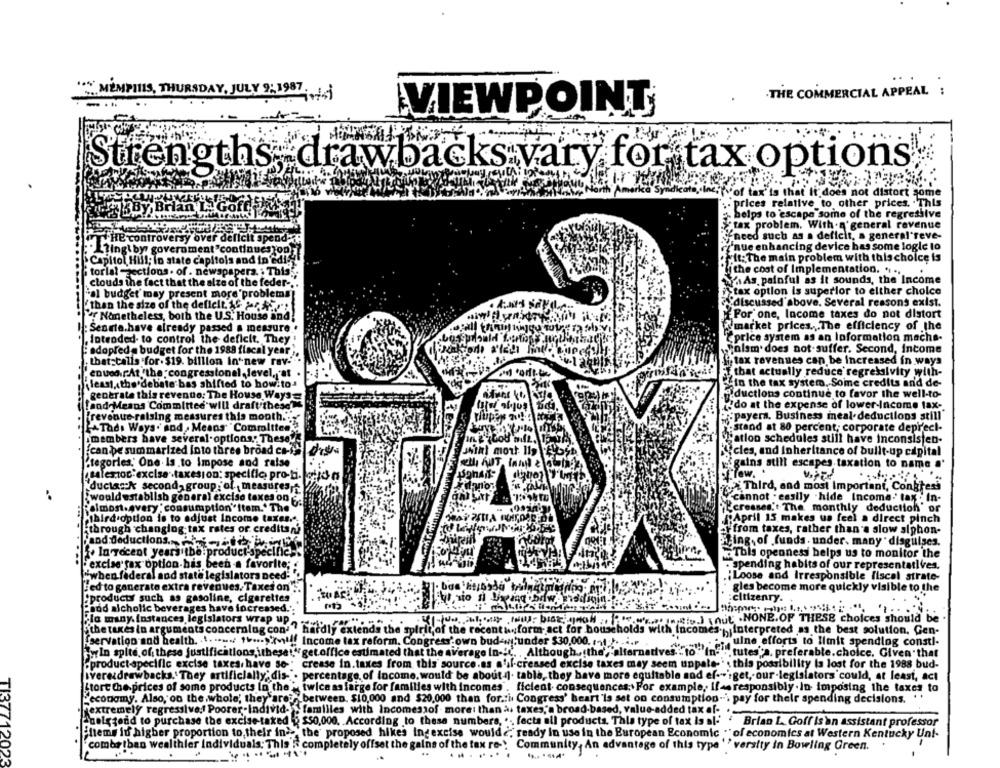
THE COMMERCIAL APPEAL :
"""MEMPHIS, THURSDAY, JULY 9; 1987. j
VIEWPOINT
Strengths, drawbacks vary for tax options.
of tax' is that it does not distort some
prices relative to other prices. "This
helps to escape some of the regressive
tax problem. With a'general revenue
HE controversy over deficit spend
""need such as a deficit, a general'reve-
'nue enhancing device has some logic to
Lingiby
Ling by government "continues on
>Capitol Hill; In state capitols and in edit
Capitol Hill; In state cap
"it: The main problem with this choice is
.....
itorlal -sections . of . newspapers .; This ..
torlalzections . of . net
the cost of Implementation. . ..
clouds the fact that the
clouds the fact that the alze of the feder -.
WasAs painful as it sounds, the Income
Stax option is superior to elther cholce
"al budget may present more'problems]
"al budget may present
lema
"than the size of the defl
'than the size of the deficit. 16 ar -
Fidiscussed above. Several reasons exist.
Nometheless, both the
Por one, Income taxes do not distort
"" Nametheless, both the U.S. House and!
: Sennie.have already pa
Senria.have already passed a measure *
Wmarket prices. . The efficiency of the
.Intended to control the deficit. They
.lotroded- to control th
"Cprice system as an loformation macha-
adopreda budget for the 1988 fiscal year
adoprede budget for the
Salam does not-suffer. Second, Income
that calls for. $19. billl
that calls for. $19. billion in"new rav-
Li tax revenues can be increased in ways
enueorAt the congressional level, at .
enuedirAt the congres
if that actually reduce regressivity with-
least, the debate bas sh
least, the'debate bas shifted to how.to-
in the tax system. Some credits an'd de-
generate this revenuo:
Fiductions continue to favor the well-to-
[and Means Committed"
do at the expense of lower-Income tax-
"payera. Business meal deductions still"
[revenue- raising measur
LATads Ways. snd . Me
ATadı Ways. sod . Means Committee
-stand at 80 percent, corporate deprecl-
members have several
"""atlon schedules still have inconsisten-
ican be summarized Into
(can be summarized Into three broad co-% drss
cles, and Inheritance of built-up capital
Stegories. One. Is.to Im
od raise
etli AUT In
gains still escapes taxation to name a'
salestoc excise taxesion: specific, pro-t. wird-m
salestoc excise .taxesi
ductask second, group : of measures,
ductask second grou
Third, and most Important, Congress
..
'would establish general
"cannot - easily "hide Income'' tax :' In-
Folmost-avery ; consump
Rolmost.avery ; consumption"Item.' The
would establish general excise taxes on a
"creanes.'' The monthly deduction' or
third option is to adju
third option is to adjust Income taxes ...
April 15 makes us feel a direct pinch
through changing tax rates or creditsni
through changlog:tax
etfrom taxes, rather than a slow siphon-
jand deduction
Fand deductions ...
Pfing. of funds . under. many " disguises.
f. In recent years'tbe:product-specific-
This openness helps us to monitor the
excise tax option.his been a favorite;
. spending habits of our representatives.
"when federal and state legislators need
.: Loose and Irresponsible fiscal strate-
Led to generate extra revenues. Taxes on".
gles become more quickly visible to the
:products such as gasoline, cigarettes
citizenry.
bod alcholic beverages have increased.'
KI-uh ,towy: bist no ", ""," i) i .NONE.OF THESE choices should be
the taxes in arguments concerning con'
cted as the best solution. Gen-
Elo wany. Instances legislators why ? tady extends the spirit of the recentinform-act for households with incomes .,, interpreted
In spite of these justifications, itheset"get.office estimated that the average In -: C. , Although, the',"alternativefor"i heard to mit spendlog consti-
(servation and health ... .!!! Income tax reform. Congress own bud-under $30,000. ...
.tutes"a. preferable. choice. Given that
product-specific excise taxes. have so -. crease in.taxes from this source.as s'il-creased excise taxes may seem unpale-' : this possibility is lost for the 1988 bud-
svere:drawbacks. They artificially; dis- . percentage of Income, would be about ). table, they have more equitable sod ef-sget, our-legislators could, at least, act
Stort the prices of some products In the " twice as large for families with incomes". ficient consequences; For example, If - responsibly . In imposing the taxes to
economy. Also, on the whole, they are ?, between. $10,000 and $20,000 than for. i. Congress' heart 'is set on consumption -. pay for their spending decisions.
extremely regressive :! Poorer-Individ- > familles with Incomessof more: than à taxes,'a broad-based, value-added tax of-
Aualgtend to purchase the excise taked : 50,000, According to these numbers, ... fecta all products. This type of tax Is al-"
Brian L. Goff Is'an assistant professor
hems in higher proportion to their in>> the' proposed hikes ingexcise would; ready In use in the European Economic .* of economics at Western Kentucky Unf-
combrtban wealthler Individuals; This .: completely offset the gains of the tax re-"
Community, An advantage of this type '' versity in Bowling Green.
TI37712023